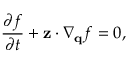
\frac { \partial f } { \partial t } + \mathbf { z } \cdot \nabla _ { \mathbf { q } } f = 0 ,